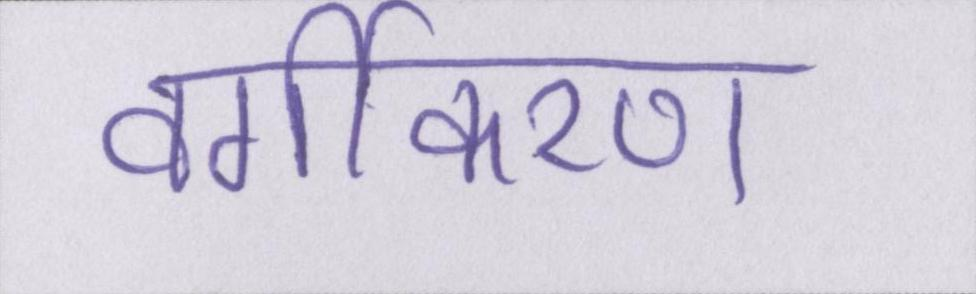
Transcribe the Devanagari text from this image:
वर्गीकरण